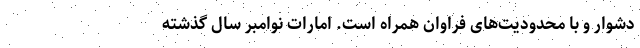
دشوار و با محدودیت‌های فراوان همراه است. امارات نوامبر سال گذشته